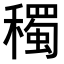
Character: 𥣋